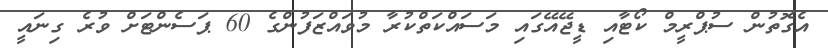
އެގޮތުން ސުޕްރީމް ކޯޓާއި ޑީޖޭއޭގައި މަސައްކަތްކުރާ މުވައްޒަފުންގެ 60 ޕަސެންޓަށް ވުރެ ގިނައީ